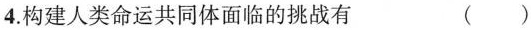
4.构建人类命运共同体面临的挑战有 ()